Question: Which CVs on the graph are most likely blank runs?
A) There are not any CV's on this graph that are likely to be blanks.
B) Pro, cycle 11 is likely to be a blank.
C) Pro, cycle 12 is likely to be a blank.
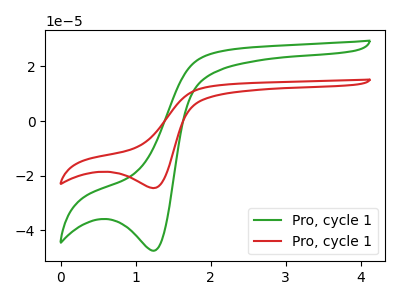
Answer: <think>The green curve "Pro, cycle 11" has a cathodic peak at: (1.25V, -47.40uA). The red curve "Pro, cycle 12" has a cathodic peak at: (1.25V, -24.50uA).</think>
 <answer>A) There are not any CV's on this graph that are likely to be blanks.</answer>
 <eval>A</eval>